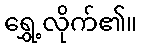
ရွှေ့လိုက်၏။